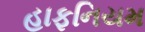
હાફનિયમ